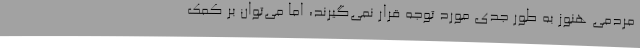
مردمی هنوز به طور جدی مورد توجه قرار نمی‌گیرند، اما می‌توان بر کمک